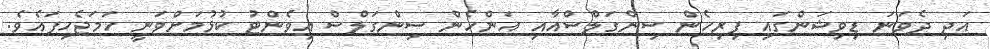
އަދި ދެވަނަ ޑިވިޝަންގައި ފިރިހެން ސިންގަލްސްއާއި އަންހެން ސިންގަލްސް އިވެންޓު ކުޅުމަށްވަނީ ހަމަޖެހިފައެވެ.